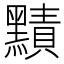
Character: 𪒑